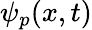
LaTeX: \psi_{p}(x,t)